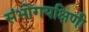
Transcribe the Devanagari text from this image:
संभोगयक्षिणी